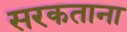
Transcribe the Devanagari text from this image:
सरकताना